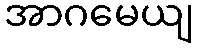
အာဂမေယျ